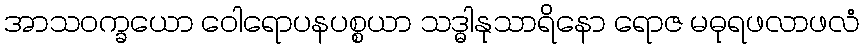
အာသဝက္ခယော ဝေါရောပနပစ္စယာ သဒ္ဓါနုသာရိနော ရောဇ မဓုရဖလာဖလံ